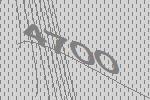
4700